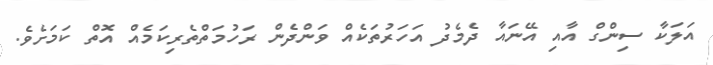
އަލަކާ ސިންގް އާއި އޭނައާ ދެމެދު އަހަރުތަކެއް ވަންދެން ރަހުމަތްތެރިކަމެއް އޮތް ކަމަށެވެ.